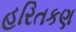
હરિતકણ